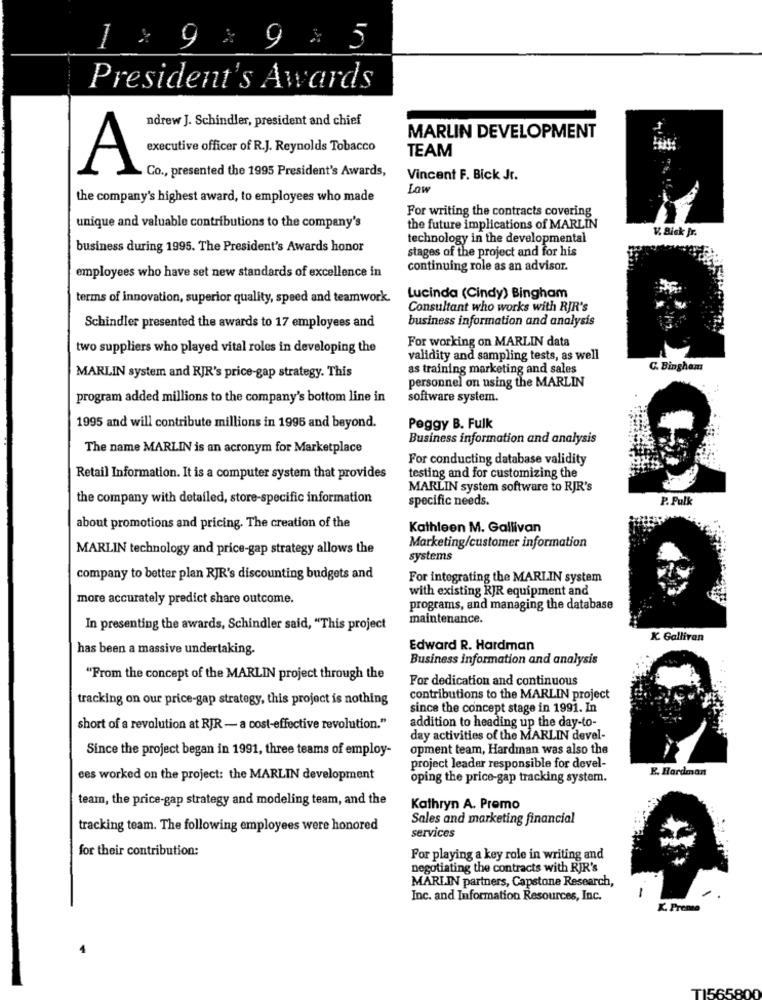
9 %.
President's Awards
ndrew J. Schindler, president and chief
MARLIN DEVELOPMENT
executive officer of R.J. Reynolds Tobacco
TEAM
A
Co ., presented the 1995 President's Awards,
Vincent F. Bick Jr.
Low
the company's highest award, to employees who made
For writing the contracts covering
unique and valuable contributions to the company's
the future implications of MARLIN
V. Bisk Jr.
technology in the developmental
business during 1995. The President's Awards honor
stages of the project and for his
continuing role as an advisor.
employees who have set new standards of excellence in
terms of innovation, superior quality, speed and teamwork.
Lucinda (Cindy) Bingham
Consultant who works with RJR's
business information and analysis
Schindler presented the awards to 17 employees and
For working on MARLIN data
two suppliers who played vital roles in developing the
validity and sampling tests, as well
as training marketing and sales
C. Bingham
MARLIN system and RJR's price-gap strategy. This
personnel on using the MARLIN
program added millions to the company's bottom line in
software system.
1995 and will contribute millions in 1996 and beyond.
Peggy B. Fulk
Business information and analysis
The name MARLIN is an acronym for Marketplace
For conducting database validity
Retail Information. It is a computer system that provides
testing and for customizing the
MARLIN system software to RJR's
the company with detailed, store-specific information
specific needs.
P. Pulk
about promotions and pricing. The creation of the
Kathleen M. Gallivan
MARLIN technology and price-gap strategy allows the
Marketing/customer information
systems
company to better plan RJR's discounting budgets and
For integrating the MARLIN system
with existing RJR equipment and
more accurately predict share outcome.
programs, and managing the database
maintenance.
In presenting the awards, Schindler said, "This project
K. Gallivan
has been a massive undertaking.
Edward R. Hardman
Business information and analysis
"From the concept of the MARLIN project through the
For dedication and continuous
tracking on our price-gap strategy, this project is nothing
contributions to the MARLIN project
since the concept stage in 1991. In
short of a revolution at RJR - a cost-effective revolution."
addition to heading up the day-to-
day activities of the MARLIN devel-
Since the project began in 1991, three teams of employ-
opment team, Hardman was also the
project leader responsible for devel-
E. Hardman
ces worked on the project: the MARLIN development
oping the price-gap tracking system.
team, the price-gap strategy and modeling team, and the
Kathryn A. Promo
Sales and marketing financial
tracking team. The following employees were honored
services
for their contribution:
For playing a key role in writing and
negotiating the contracts with RIR's
MARLIN partners, Capstone Research,
Inc. and Information Resources, Inc.
K. Premie
T1565